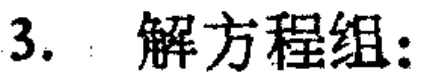
3. 解方程组: